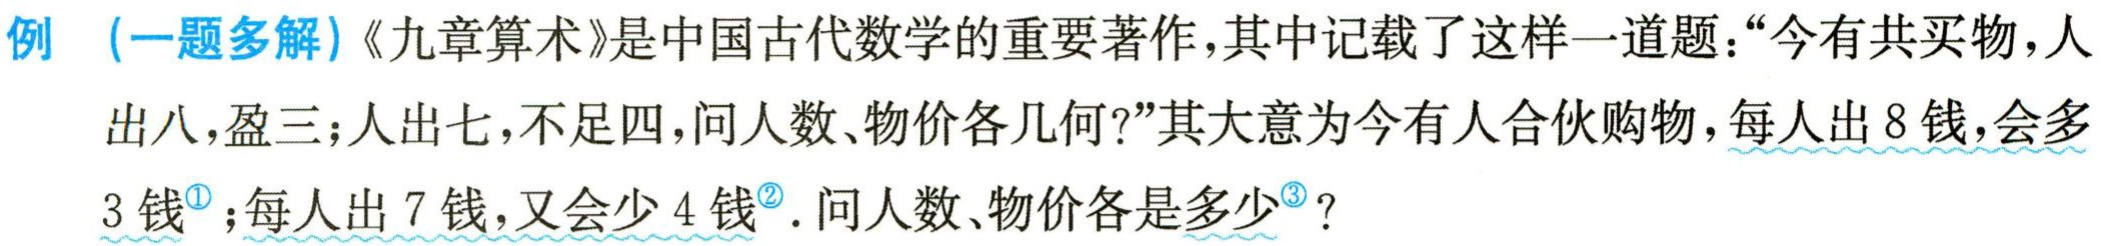
例 （一题多解）《九章算术》是中国古代数学的重要著作，其中记载了这样一道题：“今有共买物，人出八，盈三；人出七，不足四，问人数、物价各几何？”其大意为今有人合伙购物，每人出8钱，会多3钱<sup>\textcircled{1}</sup>；每人出7钱，又会少4钱<sup>\textcircled{2}</sup>. 问人数、物价各是多少<sup>\textcircled{3}</sup>？